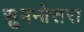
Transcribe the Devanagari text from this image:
सुमनोत्तरा